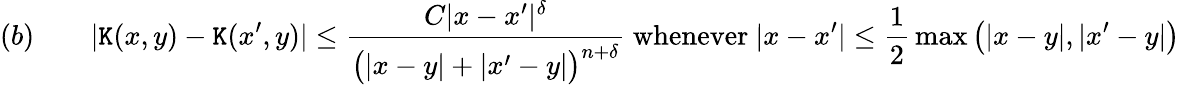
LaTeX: (b)\qquad|\mathtt{K}(x,y)-\mathtt{K}(x^{\prime},y)|\leq{\frac{{C|x-x^{\prime}|^{\delta}}}{{{\bigl(}|x-y|+|x^{\prime}-y|{\bigr)}^{n+\delta}}}}{\mathrm{{~whenever~}}}|x-x^{\prime}|\leq{\frac{{1}}{{2}}}\operatorname*{max}{\bigl(}|x-y|,|x^{\prime}-y|{\bigr)}